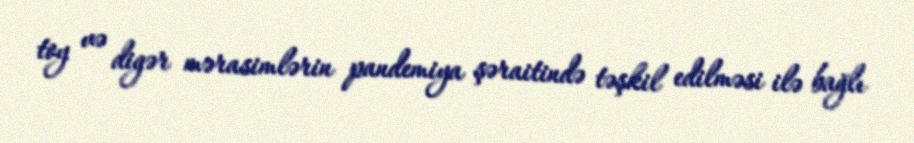
toy və digər mərasimlərin pandemiya şəraitində təşkil edilməsi ilə bağlı